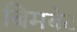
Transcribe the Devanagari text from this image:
बिमबेट